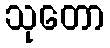
သုတော